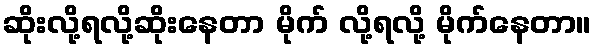
ဆိုးလို့ရလို့ဆိုးနေတာ မိုက် လို့ရလို့ မိုက်နေတာ။